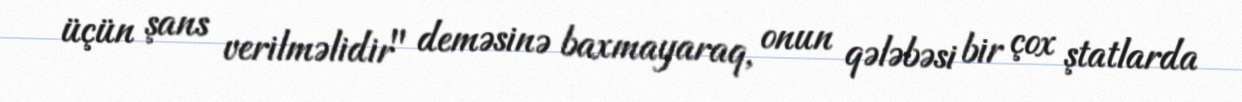
üçün şans verilməlidir" deməsinə baxmayaraq, onun qələbəsi bir çox ştatlarda